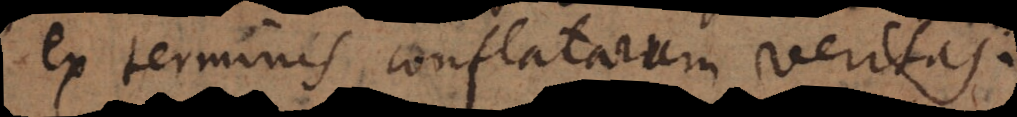
ex terminis conflatarum veritas.